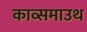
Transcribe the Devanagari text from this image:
काव्समाउथ